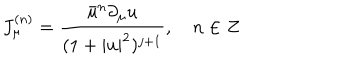
J _ { \mu } ^ { ( n ) } = \frac { \bar { u } ^ { n } \partial _ { \mu } u } { ( 1 + | u | ^ { 2 } ) ^ { j + 1 } } , \quad n \in Z